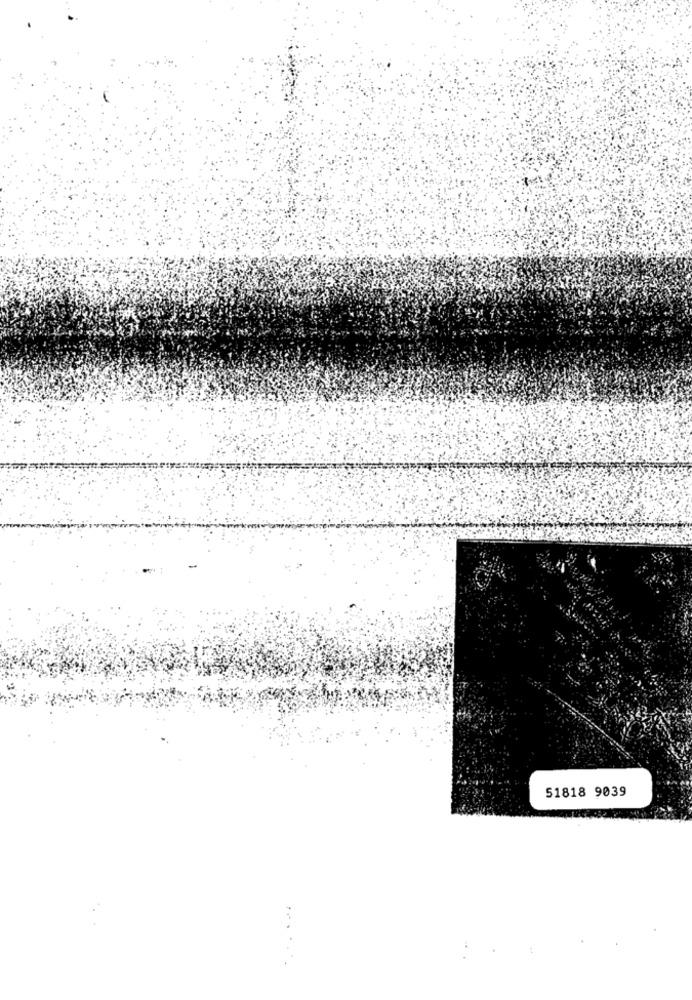
51818 9039